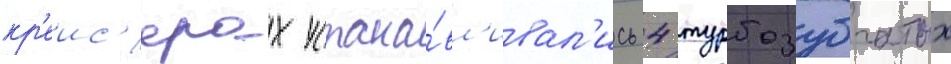
кр'еис'ерах устана́вл'ивал'ись 4 турбозубчатых